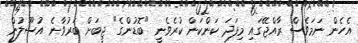
އެހެން ނަމަވެސް ރާއްޖޭގައި މިފަދަ ކަންކަން ކުރެވެނީ "ބޮޑުންގެ" ޖީބަށް ބަރުވާނެ އުސޫލުން